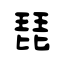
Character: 琵